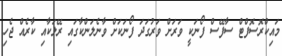
މައިކްރޮސޮފްޓް ސާފޭސް ފޯނަކީ ވަރަށް ވަރުގަދަ ފޯނަކަށް ވާނެލަންކާގައި ރޭލަކާއި ކާރެއް ޖެހި